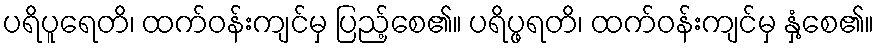
ပရိပူရေတိ၊ ထက်ဝန်းကျင်မှ ပြည့်စေ၏။ ပရိပ္ဖရတိ၊ ထက်ဝန်းကျင်မှ နှံ့စေ၏။